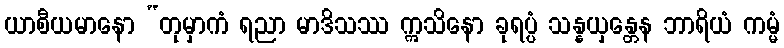
ယာစီယမာနော “တုမှာကံ ရညာ မာဒိသဿ ဣသိနော ခုရပ္ပံ သန္နယှန္တေန ဘာရိယံ ကမ္မံ